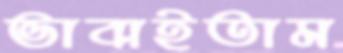
ভাবাইতাম